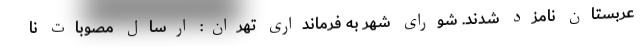
عربستان نامزد شدند. شورای شهر به فرمانداری تهران: ارسال مصوبات نا